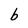
Character: b